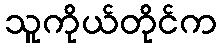
သူကိုယ်တိုင်က